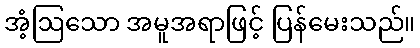
အံ့ဩသော အမူအရာဖြင့် ပြန်မေးသည်။